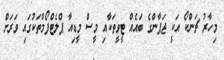
މިހާރު ޗަންކޯ އަކީ ޖަޕާންގެ ބައެއް ޓީވީތަކާއި މީސް މީޑިއާ ޕްލެޓްފޯމްތަކުގައި ވަރަށް